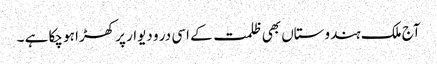
آج ملک ہندوستاں بھی ظلمت کے اسی در و دیوار پر کھڑا ہو چکا ہے ۔